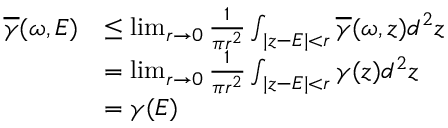
\begin{array} { r l } { \overline { { \gamma } } ( \omega , E ) } & { \leq \operatorname* { l i m } _ { r \rightarrow 0 } \frac { 1 } { \pi r ^ { 2 } } \int _ { | z - E | < r } \overline { { \gamma } } ( \omega , z ) d ^ { 2 } z } \\ & { = \operatorname* { l i m } _ { r \rightarrow 0 } \frac { 1 } { \pi r ^ { 2 } } \int _ { | z - E | < r } \gamma ( z ) d ^ { 2 } z } \\ & { = \gamma ( E ) } \end{array}